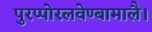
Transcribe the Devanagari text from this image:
पुरप्पोरलवेण्बामालै।